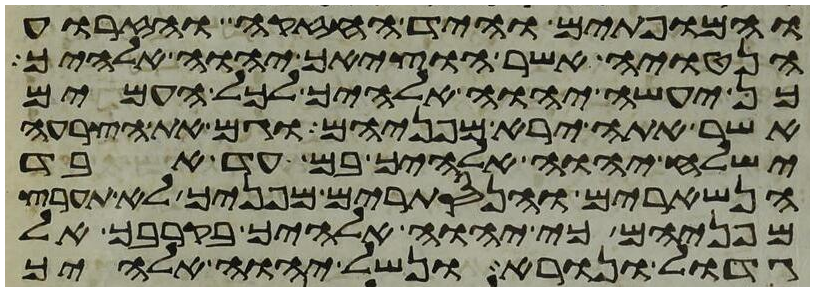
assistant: והמופתים והיד החזקה והזרוע
הנטויה אשר הוציאך יהוה אלהיך
כן יעשה יהוה אלהיך לכל העמים
אשר אתה ירא מפניהם וגם את הצרעה
ישלח יהוה אלהיך בם עד אבד
הנשארים והנסתרים מפניך לא תערץ
מפניהם כי יהוה אלהיך בקרבך אל
גדול ונורא ונשל יהוה אלהיך